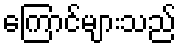
ကြောင်များသည်